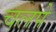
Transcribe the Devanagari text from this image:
चलपे